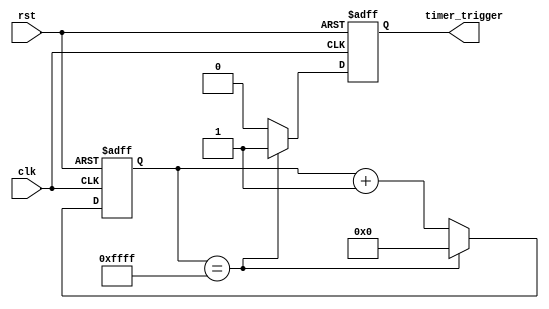
module Periodic_Timer (
    input wire clk,
    input wire rst,
    output reg timer_trigger
);

reg [15:0] count;

always @(posedge clk or posedge rst) begin
    if (rst) begin
        count <= 16'b0;
        timer_trigger <= 1'b0;
    end else begin
        if (count == 16'hFFFF) begin
            count <= 16'b0;
            timer_trigger <= 1'b1;
        end else begin
            count <= count + 1;
            timer_trigger <= 1'b0;
        end
    end
end

endmodule